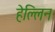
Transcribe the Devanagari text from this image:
हेल्लिन